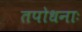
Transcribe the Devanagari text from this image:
तपोधनाः